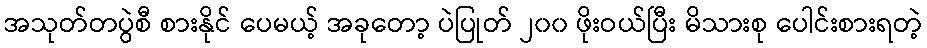
အသုတ်တပွဲစီ စားနိုင် ပေမယ့် အခုတော့ ပဲပြုတ် ၂၀၀ ဖိုးဝယ်ပြီး မိသားစု ပေါင်းစားရတဲ့